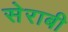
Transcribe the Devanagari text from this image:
सेराबी